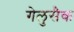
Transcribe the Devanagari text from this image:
गेलुसैक